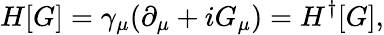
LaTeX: H[G]=\gamma_{\mu}(\partial_{\mu}+iG_{\mu})=H^{\dagger}[G],